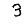
Digit: 3